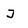
Character: J